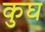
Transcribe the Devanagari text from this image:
कुघ